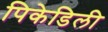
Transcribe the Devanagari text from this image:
पिकेडिली